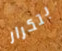
بتكرار